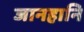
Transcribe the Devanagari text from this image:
जानहानि